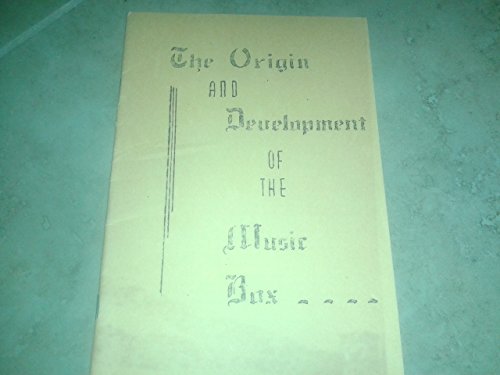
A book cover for The origin and development of the music box; Louis Gustave Jaccard; Crafts, Hobbies & Home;